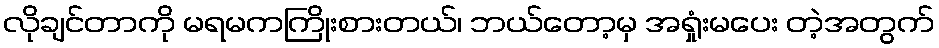
လိုချင်တာကို မရမကကြိုးစားတယ်၊ ဘယ်တော့မှ အရှုံးမပေး တဲ့အတွက်